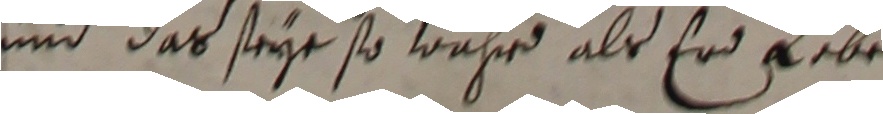
und das seye so wahrd als erd gebe